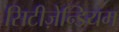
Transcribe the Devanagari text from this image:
सिटीज़ेन्डियम